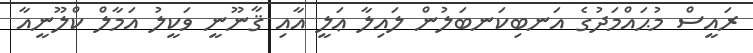
ރައީސް މުޙައްމަދުގެ އަނބިކަނބަލުން ލައިލާ ޢަލީ އާއި ޤާނޫނީ ވަކީލު އަމާލް ކްލޫނީއާ